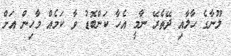
ލޫނާގެ ހާލާއި ދޭތެރޭ ނާމީ އެހާ ކަންބޮޑު ވާ ކަމެއް މާހިން އަށް